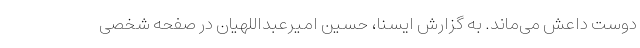
دوست داعش می‌ماند. به گزارش ایسنا، حسین امیرعبداللهیان در صفحه شخصی